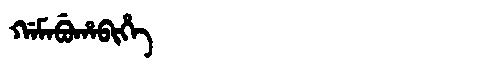
Manchu: ᡤᠠᠮᠠᠪᡠᡥᠠᠪᡳᡥᡝ
Romanization: GAMABUHABIHE